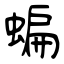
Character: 蝙